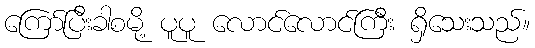
ကြော်ပြီးခါစမို့ ပူပူ လောင်လောင်ကြီး ရှိသေးသည်။